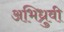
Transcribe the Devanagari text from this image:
अभिध्रुवी